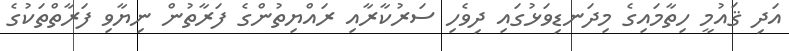
އަދި ޤައުމީ ހިތާމައިގެ މިދަނޑިވަޅުގައި ދިވެހި ސަރުކާރާއި ރައްޔިތުންގެ ފަރާތުން ނިޔާވި ފަރާތްތަކުގެ